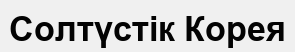
Солтүстік Корея